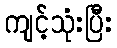
ကျင့်သုံးပြီး